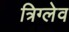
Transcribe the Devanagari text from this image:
त्रिग्लेव